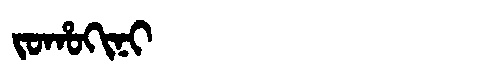
Manchu: ᠵᠣᡥᠣᡴᡳᠨᡳ
Romanization: JOHOKINI